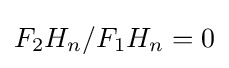
F_{2}H_{n}/F_{1}H_{n}=0